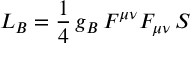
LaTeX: { \cal L } _ { B } = \frac { 1 } { 4 } \, g _ { B } \, F ^ { \mu \nu } F _ { \mu \nu } \, S